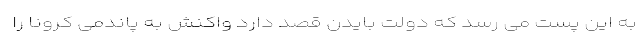
به این پست می رسد که دولت بایدن قصد دارد واکنش به پاندمی کرونا را